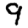
Digit: 9